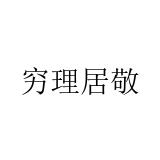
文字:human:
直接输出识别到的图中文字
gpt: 穷理居敬